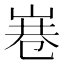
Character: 㟟